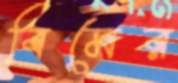
বিমের